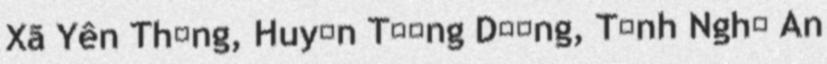
Xã Yên Thắng, Huyện Tương Dương, Tỉnh Nghệ An